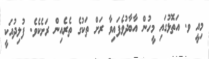
މިއީ ވ. އަތޮޅުގައި މީހުން އާބާދުވެފައިވާ ރަށް ތަކުގެ ތެރެއިން ރަށެކެވެ. ފުލިދުއަކީ